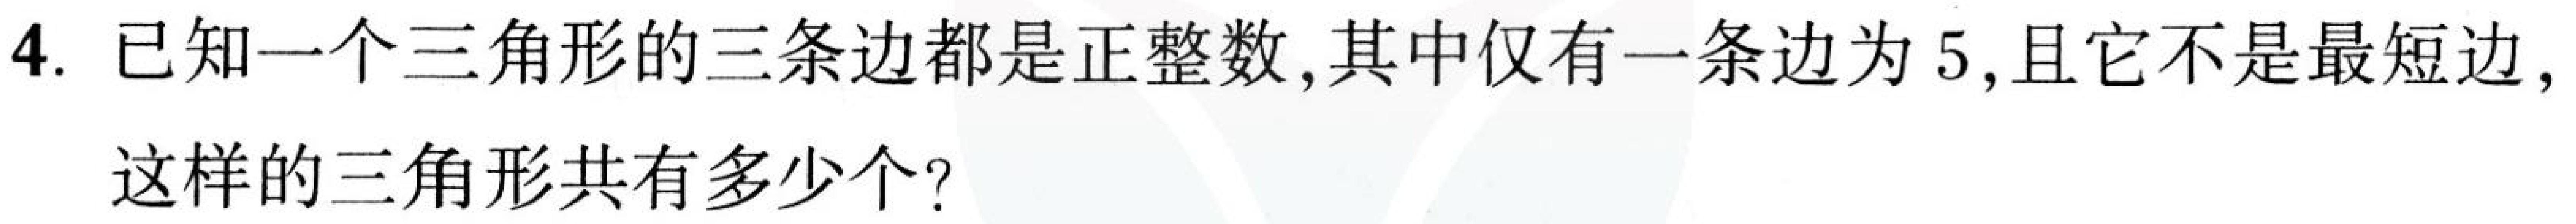
4. 已知一个三角形的三条边都是正整数, 其中仅有一条边为 \(5\), 且它不是最短边,
这样的三角形共有多少个?